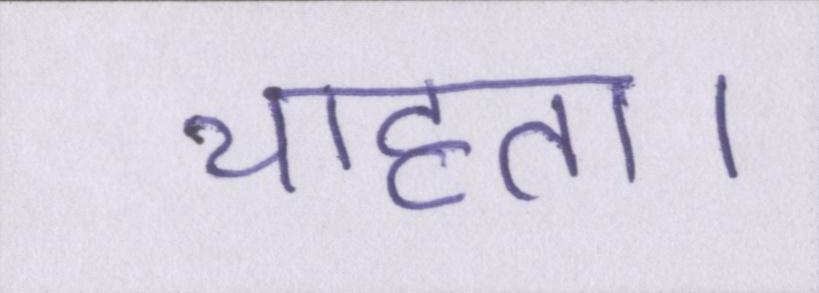
चाहता।